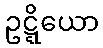
ဥဋ္ဋိယော